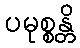
ပမုစ္စန္တိ